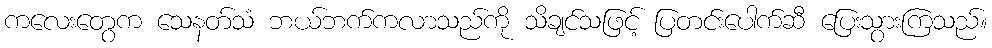
ကလေးတွေက သေနတ်သံ ဘယ်ဘက်ကလာသည်ကို သိချင်သဖြင့် ပြတင်းပေါက်ဆီ ပြေးသွားကြသည်။